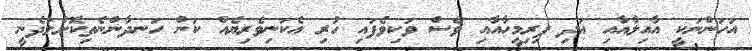
އަހަންނަކީ އާއިލާއާއި އަދި ފިރިމީހާއާއި ވެސް ވަކިވެފައި ހުރި އެކަނިވެރިޔެއް ކަން ހަނދާންނެތިކޮށްލަދެނީ